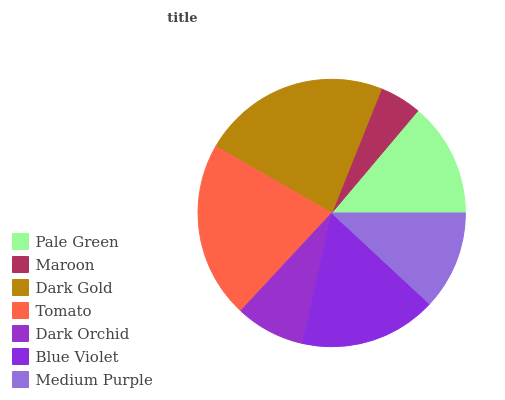
| Pale Green | Maroon | Dark Gold | Tomato | Dark Orchid | Blue Violet | Medium Purple |
 | --- | --- | --- | --- | --- | --- | --- |
 | 13.9% | 5.08% | 22.8% | 21.3% | 8.43% | 16.6% | 11.9% |